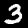
Label: 3